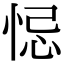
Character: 𢚁